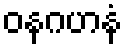
ဝနဂဟနံ